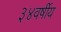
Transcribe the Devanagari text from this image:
३४वर्षीय